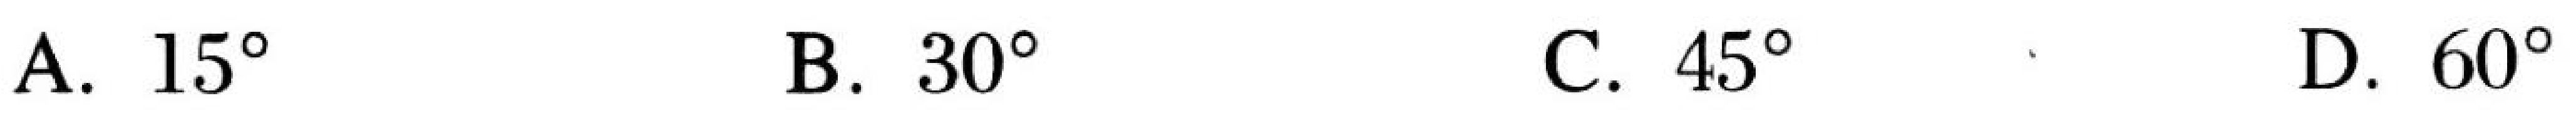
A. \(15^{\circ}\)  B. \(30^{\circ}\)  C. \(45^{\circ}\)  D. \(60^{\circ}\)